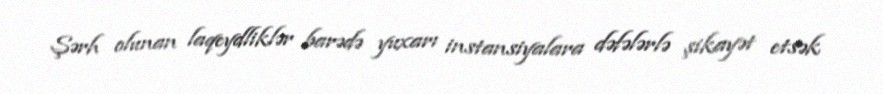
Şərh olunan laqeydliklər barədə yuxarı instansiyalara dəfələrlə şikayət etsək